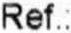
REF.: